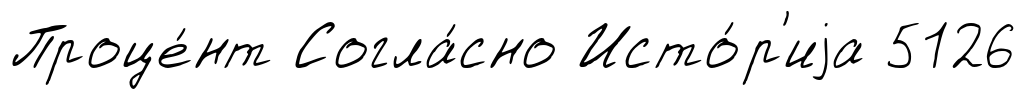
Проце́нт Согла́сно Исто́р'иjа 5126